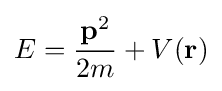
E={\frac {\mathbf {p} ^{2}}{2m}}+V(\mathbf {r} )